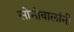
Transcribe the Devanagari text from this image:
सोनोवालांनी